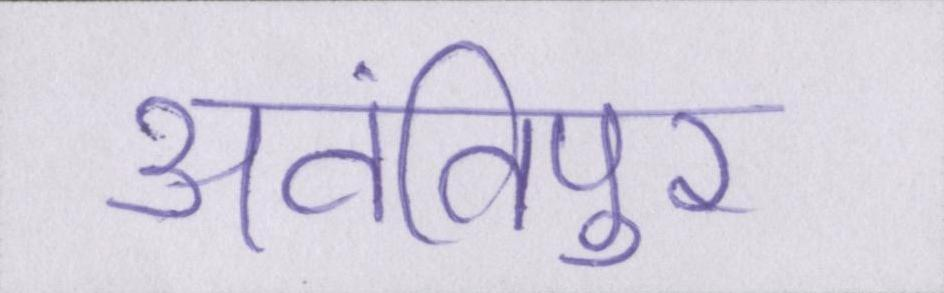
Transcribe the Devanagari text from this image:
अवंतिपुर